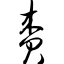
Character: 赉